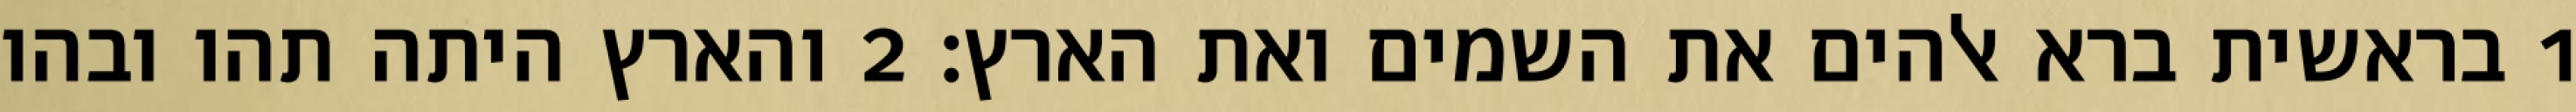
1 בראשית ברא אלהים את השמים ואת הארץ׃ ‎2‏ והארץ היתה תהו ובהו